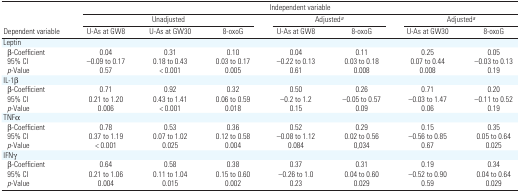
<table><thead><tr><td></td><td colspan="7"><b>Independent variable</b></td></tr><tr><td></td><td colspan="3"><b>Unadjusted</b></td><td colspan="2"><b>Adjusteda</b></td><td colspan="2"><b>Adjusteda</b></td></tr><tr><td><b>Dependent variable</b></td><td><b>U-As at GW8</b></td><td><b>U-As at GW30</b></td><td><b>8-oxoG</b></td><td><b>U-As at GW8</b></td><td><b>8-oxoG</b></td><td><b>U-As at GW30</b></td><td><b>8-oxoG</b></td></tr></thead><tbody><tr><td colspan="8">Leptin</td></tr><tr><td> β-Coefficient</td><td>0.04</td><td>0.31</td><td>0.10</td><td>0.04</td><td>0.11</td><td>0.25</td><td>0.05</td></tr><tr><td> 95% CI</td><td>−0.09 to 0.17</td><td>0.18 to 0.43</td><td>0.03 to 0.17</td><td>−0.22 to 0.13</td><td>0.03 to 0.18</td><td>0.07 to 0.44</td><td>−0.03 to 0.13</td></tr><tr><td> <i>p</i>-Value</td><td>0.57</td><td>&lt; 0.001</td><td>0.005</td><td>0.61</td><td>0.008</td><td>0.008</td><td>0.19</td></tr><tr><td colspan="8">IL-1β</td></tr><tr><td> β-Coefficient</td><td>0.71</td><td>0.92</td><td>0.32</td><td>0.50</td><td>0.26</td><td>0.71</td><td>0.20</td></tr><tr><td> 95% CI</td><td>0.21 to 1.20</td><td>0.43 to 1.41</td><td>0.06 to 0.59</td><td>−0.2 to 1.2</td><td>−0.05 to 0.57</td><td>−0.03 to 1.47</td><td>−0.11 to 0.52</td></tr><tr><td> <i>p</i>-Value</td><td>0.006</td><td>&lt; 0.001</td><td>0.018</td><td>0.15</td><td>0.09</td><td>0.06</td><td>0.19</td></tr><tr><td colspan="8">TNFα</td></tr><tr><td> β-Coefficient</td><td>0.78</td><td>0.53</td><td>0.36</td><td>0.52</td><td>0.29</td><td>0.15</td><td>0.35</td></tr><tr><td> 95% CI</td><td>0.37 to 1.19</td><td>0.07 to 1.02</td><td>0.12 to 0.58</td><td>−0.08 to 1.12</td><td>0.02 to 0.56</td><td>−0.56 to 0.85</td><td>0.05 to 0.64</td></tr><tr><td> <i>p</i>-Value</td><td>&lt; 0.001</td><td>0.025</td><td>0.004</td><td>0.084</td><td>0,034</td><td>0.67</td><td>0.025</td></tr><tr><td colspan="8">IFNγ</td></tr><tr><td> β-Coefficient</td><td>0.64</td><td>0.58</td><td>0.38</td><td>0.37</td><td>0.31</td><td>0.19</td><td>0.34</td></tr><tr><td> 95% CI</td><td>0.21 to 1.06</td><td>0.11 to 1.04</td><td>0.15 to 0.60</td><td>−0.26 to 1.0</td><td>0.04 to 0.60</td><td>−0.52 to 0.90</td><td>0.04 to 0.64</td></tr><tr><td> <i>p</i>-Value</td><td>0.004</td><td>0.015</td><td>0.002</td><td>0.23</td><td>0.029</td><td>0.59</td><td>0.029</td></tr></tbody></table>